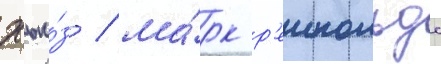
хью́з / ма́рк р'еинольдс